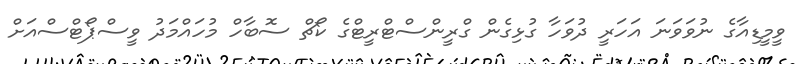
ވީމީޑިއާގެ ނުވަވަނަ އަހަރީ ދުވަހާ ގުޅިގެން ގްރީންސްޓްރީޓްގެ ކޯޗް ސޮބާހް މުހައްމަދު ވީސްޕޯޓްސްއަށް